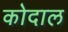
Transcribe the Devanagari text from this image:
कोदाल